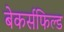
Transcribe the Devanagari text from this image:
बेकर्सफिल्ड